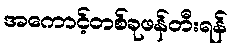
အကောင့်တစ်ခုဖန်တီးရန်